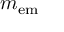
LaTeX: m _ { \mathrm { e m } }